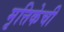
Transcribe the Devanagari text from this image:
मृत्तिकेची